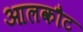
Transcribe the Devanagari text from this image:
आलकौट